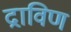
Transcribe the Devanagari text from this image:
द्राविण